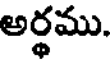
అర్థము.